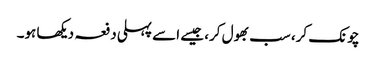
چونک کر، سب بھول کر، جیسے اسے پہلی دفعہ دیکھا ہو۔